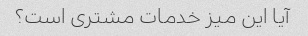
آیا این میز خدمات مشتری است؟